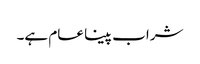
شراب پینا عام ہے۔